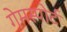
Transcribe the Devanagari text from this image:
गेमस्पोर्ट